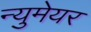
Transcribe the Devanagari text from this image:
न्युमेयर